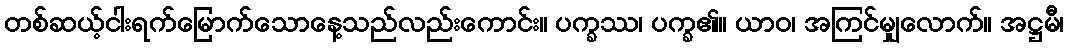
တစ်ဆယ့်ငါးရက်မြောက်သောနေ့သည်လည်းကောင်း။ ပက္ခဿ၊ ပက္ခ၏။ ယာဝ၊ အကြင်မျှလောက်။ အဋ္ဌမီ၊